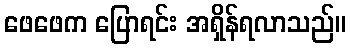
ဖေဖေက ပြောရင်း အရှိန်ရလာသည်။